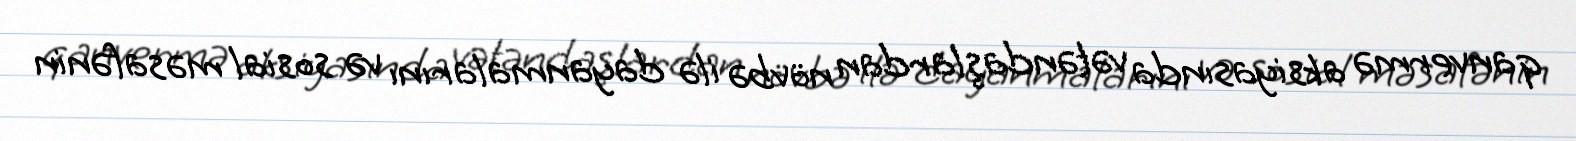
qanvermə aksiyasında vətəndaşlardan növbə ilə dayanmalarını və sosial məsafənin